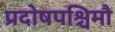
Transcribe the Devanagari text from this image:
प्रदोषपश्चिमौ